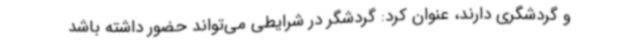
و گردشگری دارند، عنوان کرد: گردشگر در شرایطی می‌تواند حضور داشته باشد